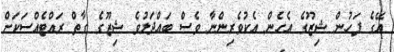
އޭގެ ފަހުން ޝިޒޫގެ އެހެން އެކުވެރިންނާ ވެސް ބައްދަލުވެ ޝިޒޫގެ ގާތް ރައްޓެއްސަކަށް